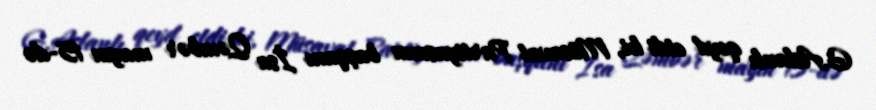
G.Aslanlı qeyd etdi ki, Müsavat Partiyasının başqanı İsa Qəmbər mayın 15-də